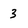
Character: 3